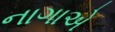
નાગાએ